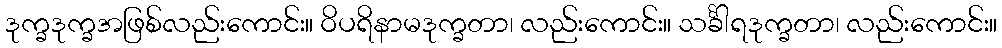
ဒုက္ခဒုက္ခအဖြစ်လည်းကောင်း။ ဝိပရိနာမဒုက္ခတာ၊ လည်းကောင်း။ သင်္ခါရဒုက္ခတာ၊ လည်းကောင်း။